Civil Veterinary Department. Madras. Admin. report 1926-33 - 1926-1933
Year: 1926
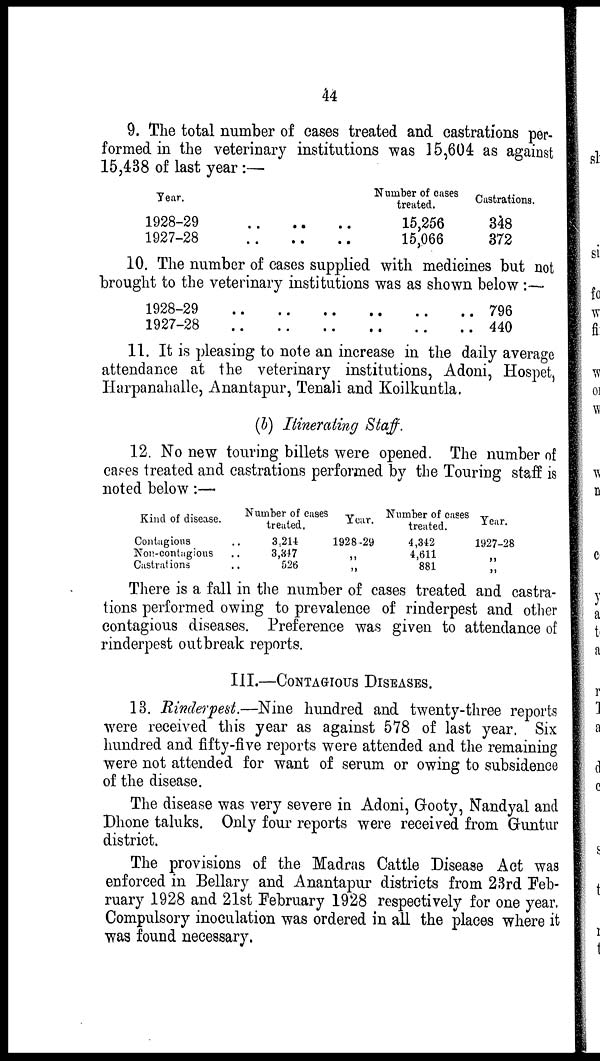
44
9. The total number of eases treated and castrations per-
formed in the veterinary institutions was 15,604 as against
15,438 of last year :—
Year.
1928-29 .. .. ..
1927-28 .. .. ..
Number of cases
treated.
15,256
15,066
Castrations.
348
372
10. The number of cases supplied with medicines but not
brought to the veterinary institutions was as shown below:—
1928-29
1927-28
..
..
..
..
..
..
..
..
..
..
..
..
796
440
11. It is pleasing to note an increase in the daily average
attendance at the veterinary institutions, Adoni, Hospet,
Harpanahalle, Anantapur, Tenali and Koilkuntla.
(b) Itinerating Staff.
12. No new touring billets were opened. The number of
cases treated and castrations performed by the Touring staff is
noted below:—
Kind of disease.
Contagious ..
Non-contagious ..
Castrations ..
Number of Cases
treated.
3.214
3,847
526
Year.
1928-29
„
„
Number of cases
treated.
4,342
4,611
881
Tear.
1927-28
„
„
There is a fall in the number of cases treated and castra-
tions performed owing to prevalence of rinderpest and other
contagious diseases. Preference was given to attendance of
rinderpest outbreak reports.
III.—CONTAGIOUS DISEASES.
13. Rinderpest.—Nine hundred and twenty-three reports
were received this year as against 578 of last year. Six
hundred and fifty-five reports were attended and the remaining
were not attended for want of serum or owing to subsidence
of the disease.
The disease was very severe in Adoni, Grooty, Nandyal and
Dhone taluks. Only four reports were received from Guntur
district.
The provisions of the Madras Cattle Disease Act was
enforced in Bellary and Anantapur districts from 23rd Feb-
ruary 1928 and 21st February 1928 respectively for one year.
Compulsory inoculation was ordered in all the places where it
was found necessary.